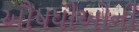
ઔષધીઓની